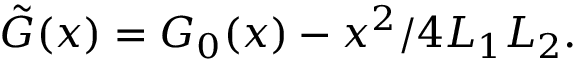
\tilde { G } ( x ) = G _ { 0 } ( x ) - x ^ { 2 } / 4 L _ { 1 } L _ { 2 } .